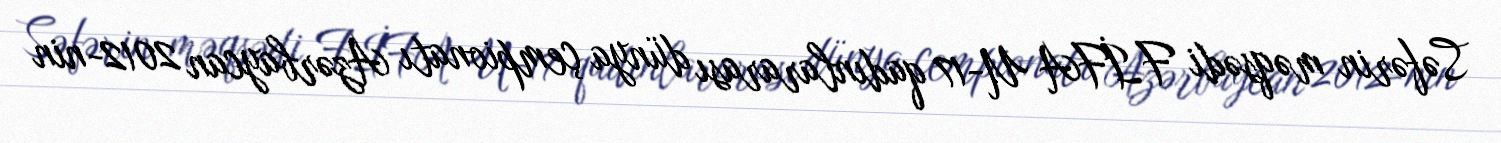
Səfərin məqsədi FİFA U-17 qadınlararası dünya çempionatı Azərbaycan 2012-nin